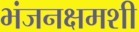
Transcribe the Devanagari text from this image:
भंजनक्षमशी